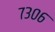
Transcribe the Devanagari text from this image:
७३०६